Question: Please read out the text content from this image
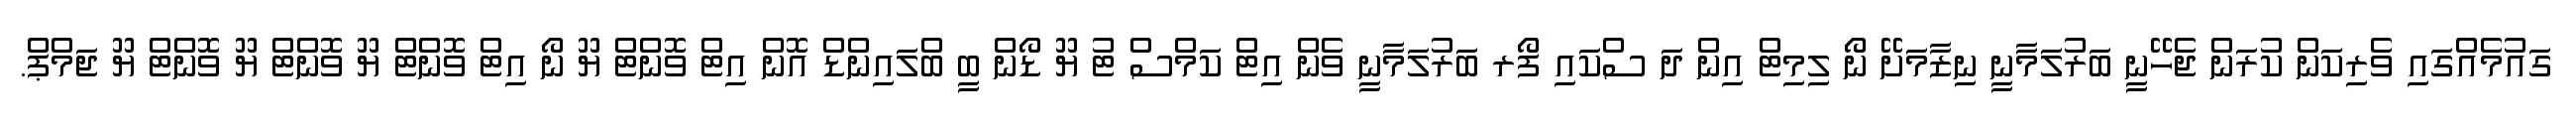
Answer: ގައުމެއްގައި ވެރިކަން ކުރަން ޖެހޭނީ ބަރުލަމާނީ ނިޒާމަށޭ ނޯ ލިމިޓް އިން ދަ ސްކައި ފޯރ ބަރުލަމާނީ ވެން އިޓް ކަމްސް ޓު ޔޫ ޑޯން ބީ ބްލައިންޑް އޮން އިޓް ވޮންޓް ޔޫ ނޯ އިޓް ވޮންޓް ޔޫ ވޮންޓް ޔޫ ވޮންޓް ޔޫ ޖަމްޕް.